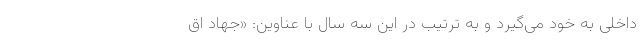
داخلی به خود می‌گیرد و به ترتیب در این سه سال با عناوین: «جهاد اق